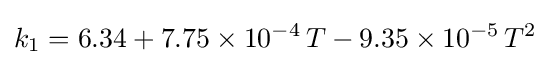
k_{1}=6.34+7.75\times 10^{-4}\,T-9.35\times 10^{-5}\,T^{2}